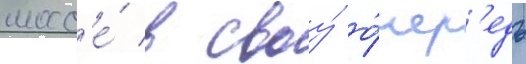
шосс'е́ в своу́ о́чер'едь